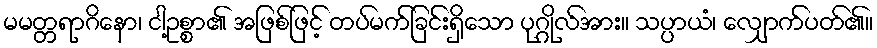
မမတ္တရာဂိနော၊ ငါ့ဥစ္စာ၏ အဖြစ်ဖြင့် တပ်မက်ခြင်းရှိသော ပုဂ္ဂိုလ်အား။ သပ္ပာယံ၊ လျှောက်ပတ်၏။